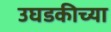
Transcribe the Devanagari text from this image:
उघडकीच्या